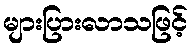
များပြားလာသဖြင့်